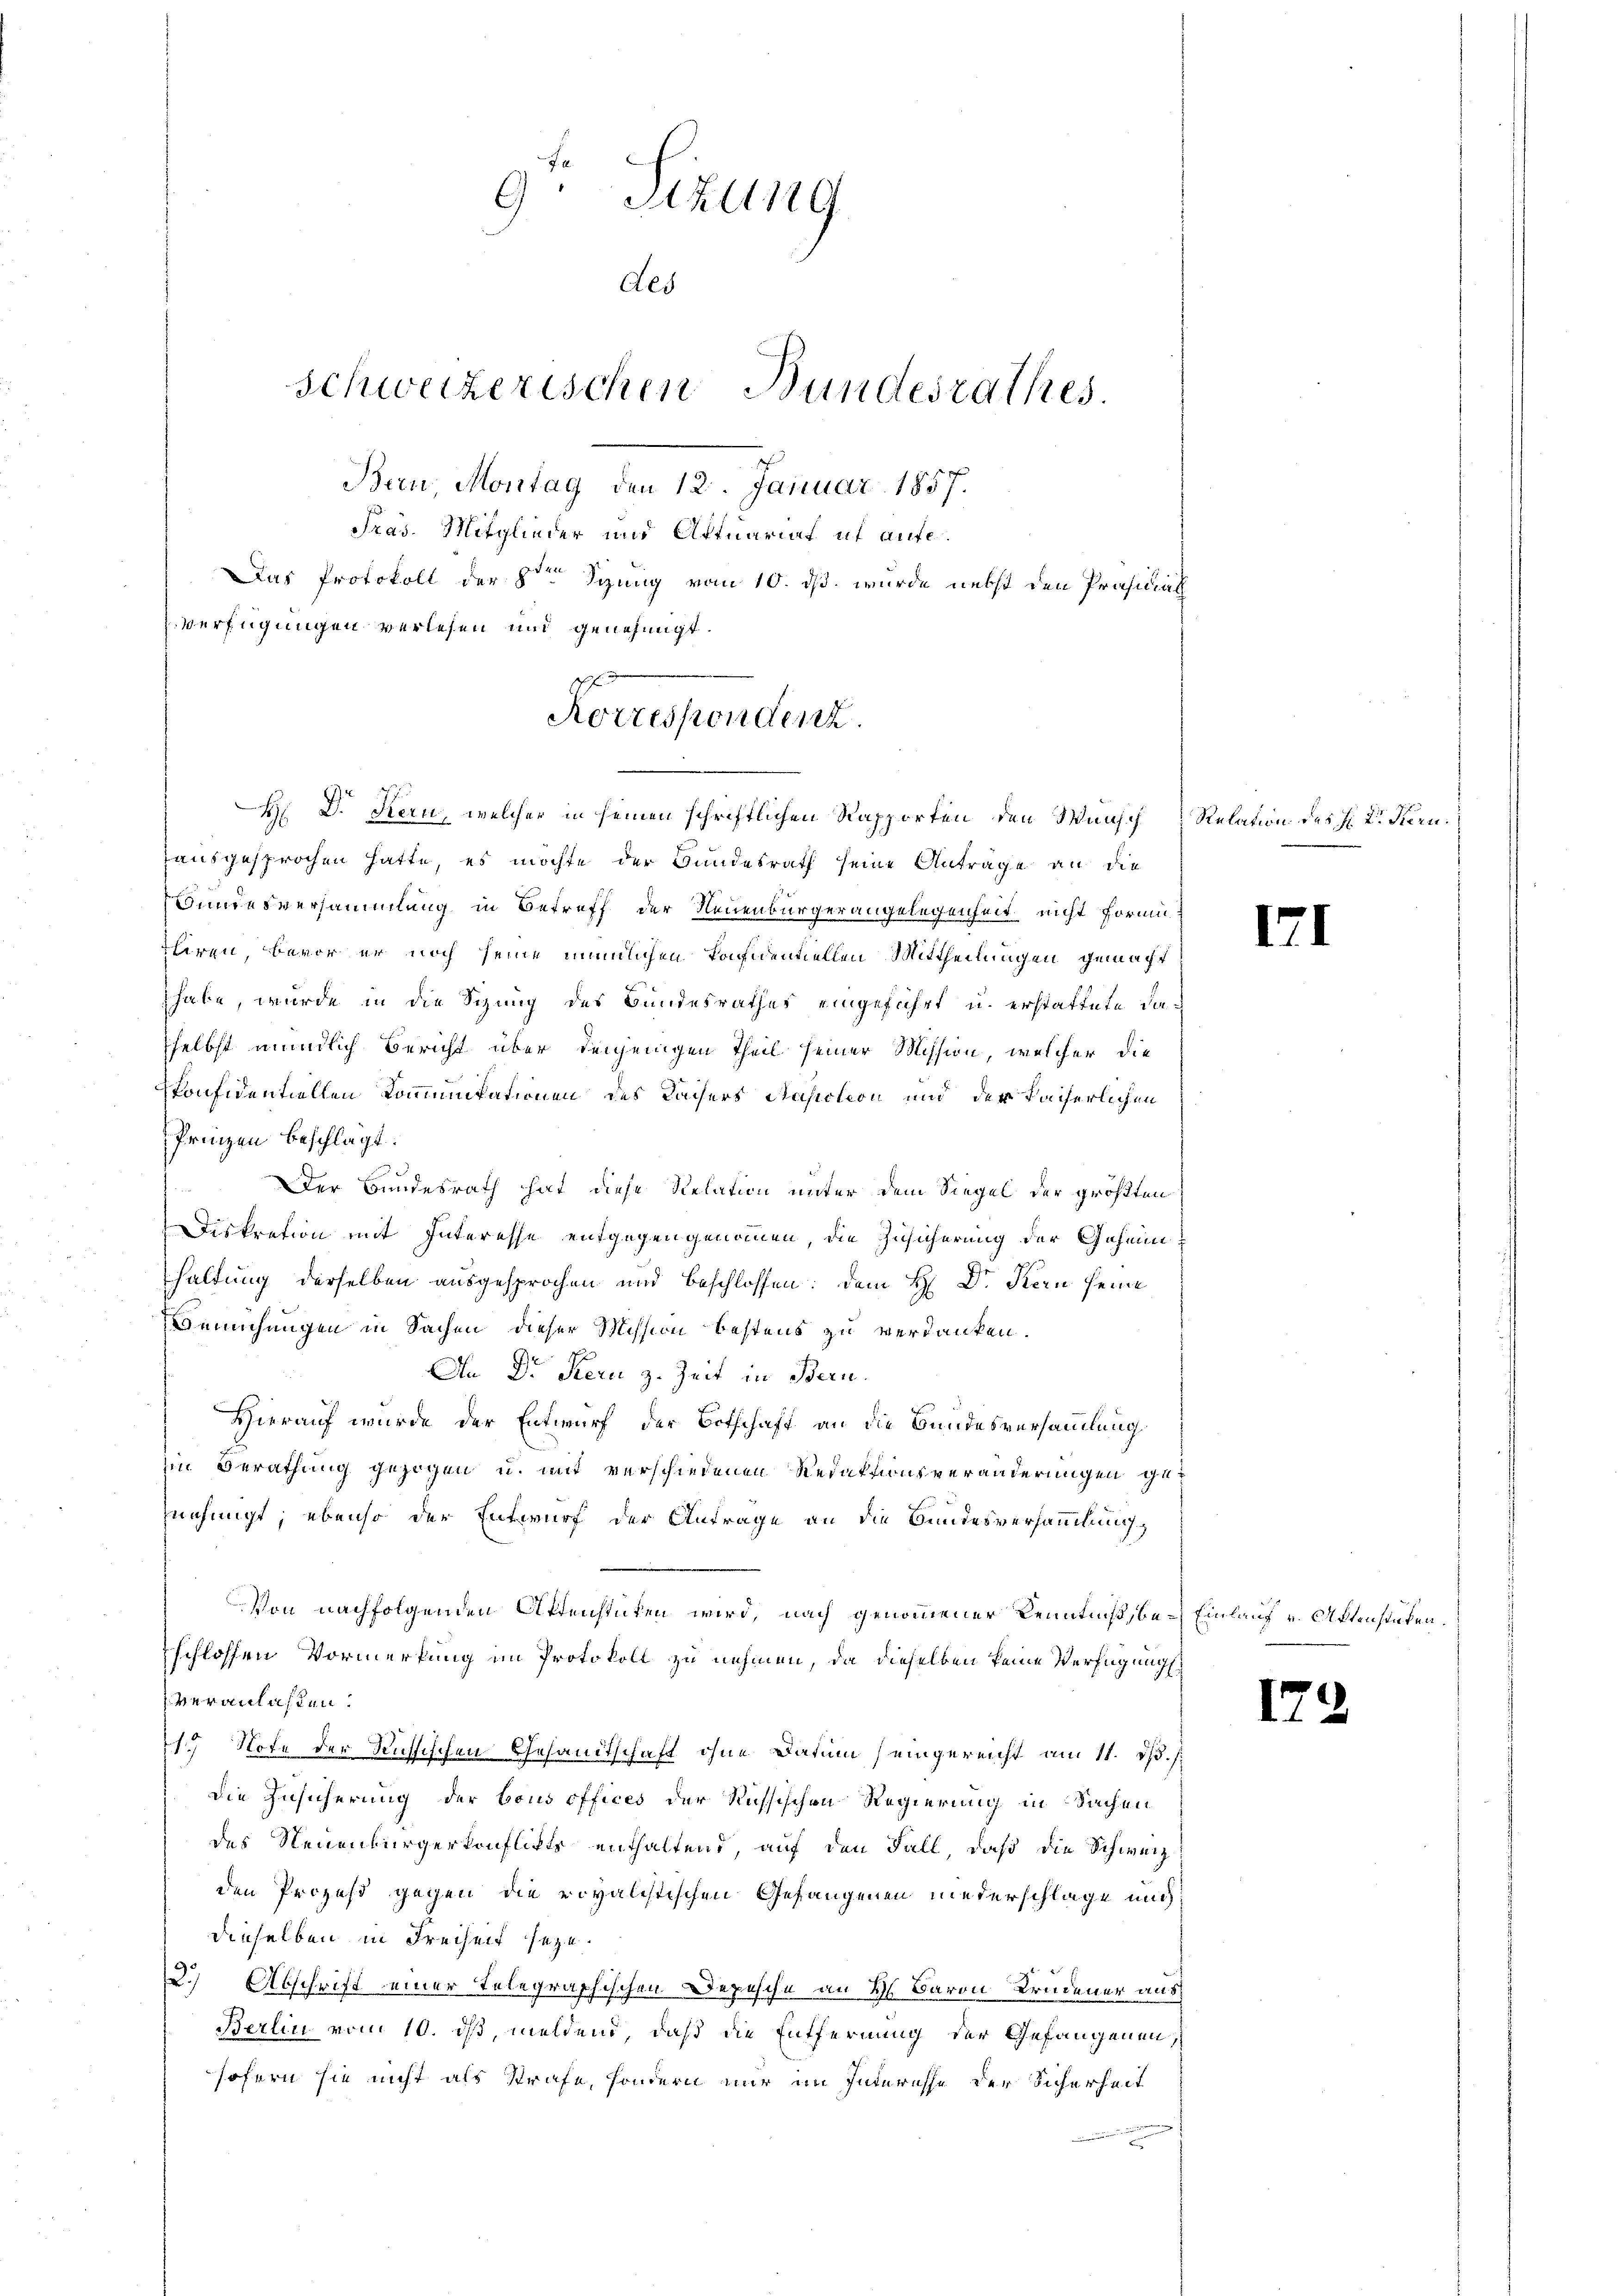
9: Altst G
des
Schweizerischen Bundesrathes.
Bern Montag den 12. Januar 1857.
Fras. Mitglieder und Actuariat ut aufe¬
Das Protokoll der 8ten Sizung vom 10. ds. wurde nebst den Präsidial
Verfügungen verlesen und genehmigt.

Korrespondenz.
H. D. Kern, welcher in seinen schriftlichen Rapporten den Wunsch

ausgesprochen hatte, es möchte der Bundesrath seine Anträge an die
Bundesversammlung in Betreff der Neuenburgerangelegenheit nicht formi¬
Thiren, bevor er noch seine nemlichen konfidentiellen Mittheilungen gemacht
habe, wurde in die Sitzung des Bundesrathes eingeführt u. erstattete daselbst mündlich Bericht über denjenigen Theil seiner Mission, welcher die
Ponfidentiellen Kommunikationen des Kaisers Napoleon und der Kaiserlichen
Prinzen beschlagt:
Der Bundesrath hat diese Relation unter dem Siegel der größten
Diskration mit Interesse entgegengenommen, die Zusicherung der Geheimhaltung derselben ausgesprochen und beschlossen: dem H. Dr. Kern seine
Bemühungen in Sachen dieser Mission bestens zu verdanken.
An Dr. Kern z. Zeit in Bern.
Hierauf wurde der Entwurf der Ortschaft an die Bundesversammlung
Ein Berathung gezogen u. mit verschiedenen Redaktionsveränderungen genehmigt; ebenso der Entwurf der Anfrage an die Bundesversammlung,
Von nachfolgenden Attenstuten wird, nach genommener Kenntniß, beschlossen Vormerkung im Protokoll zu nehmen, da dieselben keine Verfügung
veranlassen.
1) Note der Russischen Gesandtschaft ohne Datum (eingereicht am 11. dß.
Die Zusicherung der bous offices der Russischen Regierung in Sachen
des Neuenburgerkonflichts enthaltend, auf den Fall, daß die Schweiz
den Prozeß gegen die rovalistischen Gefangenen niederschlage mich
dieselben in Freiheit seyn.
12.) Abschrift einer Telegraphischen Depesche an H. Baron Brudener aus
Berlin vom 10. ds, meldend, daß die Entfernung der Gefangenen,
sofern sie nicht als Strafe, sondern nur im Interesse der Sicherheit

Relation des H. Dr. Fern

1.

Einlauf v. Aktenstüken

.